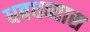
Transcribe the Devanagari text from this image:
धबधब्यास